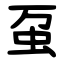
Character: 虿